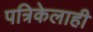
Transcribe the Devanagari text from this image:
पत्रिकेलाही